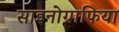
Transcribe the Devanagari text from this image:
साइनोग्राफिया